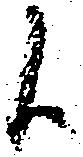
候